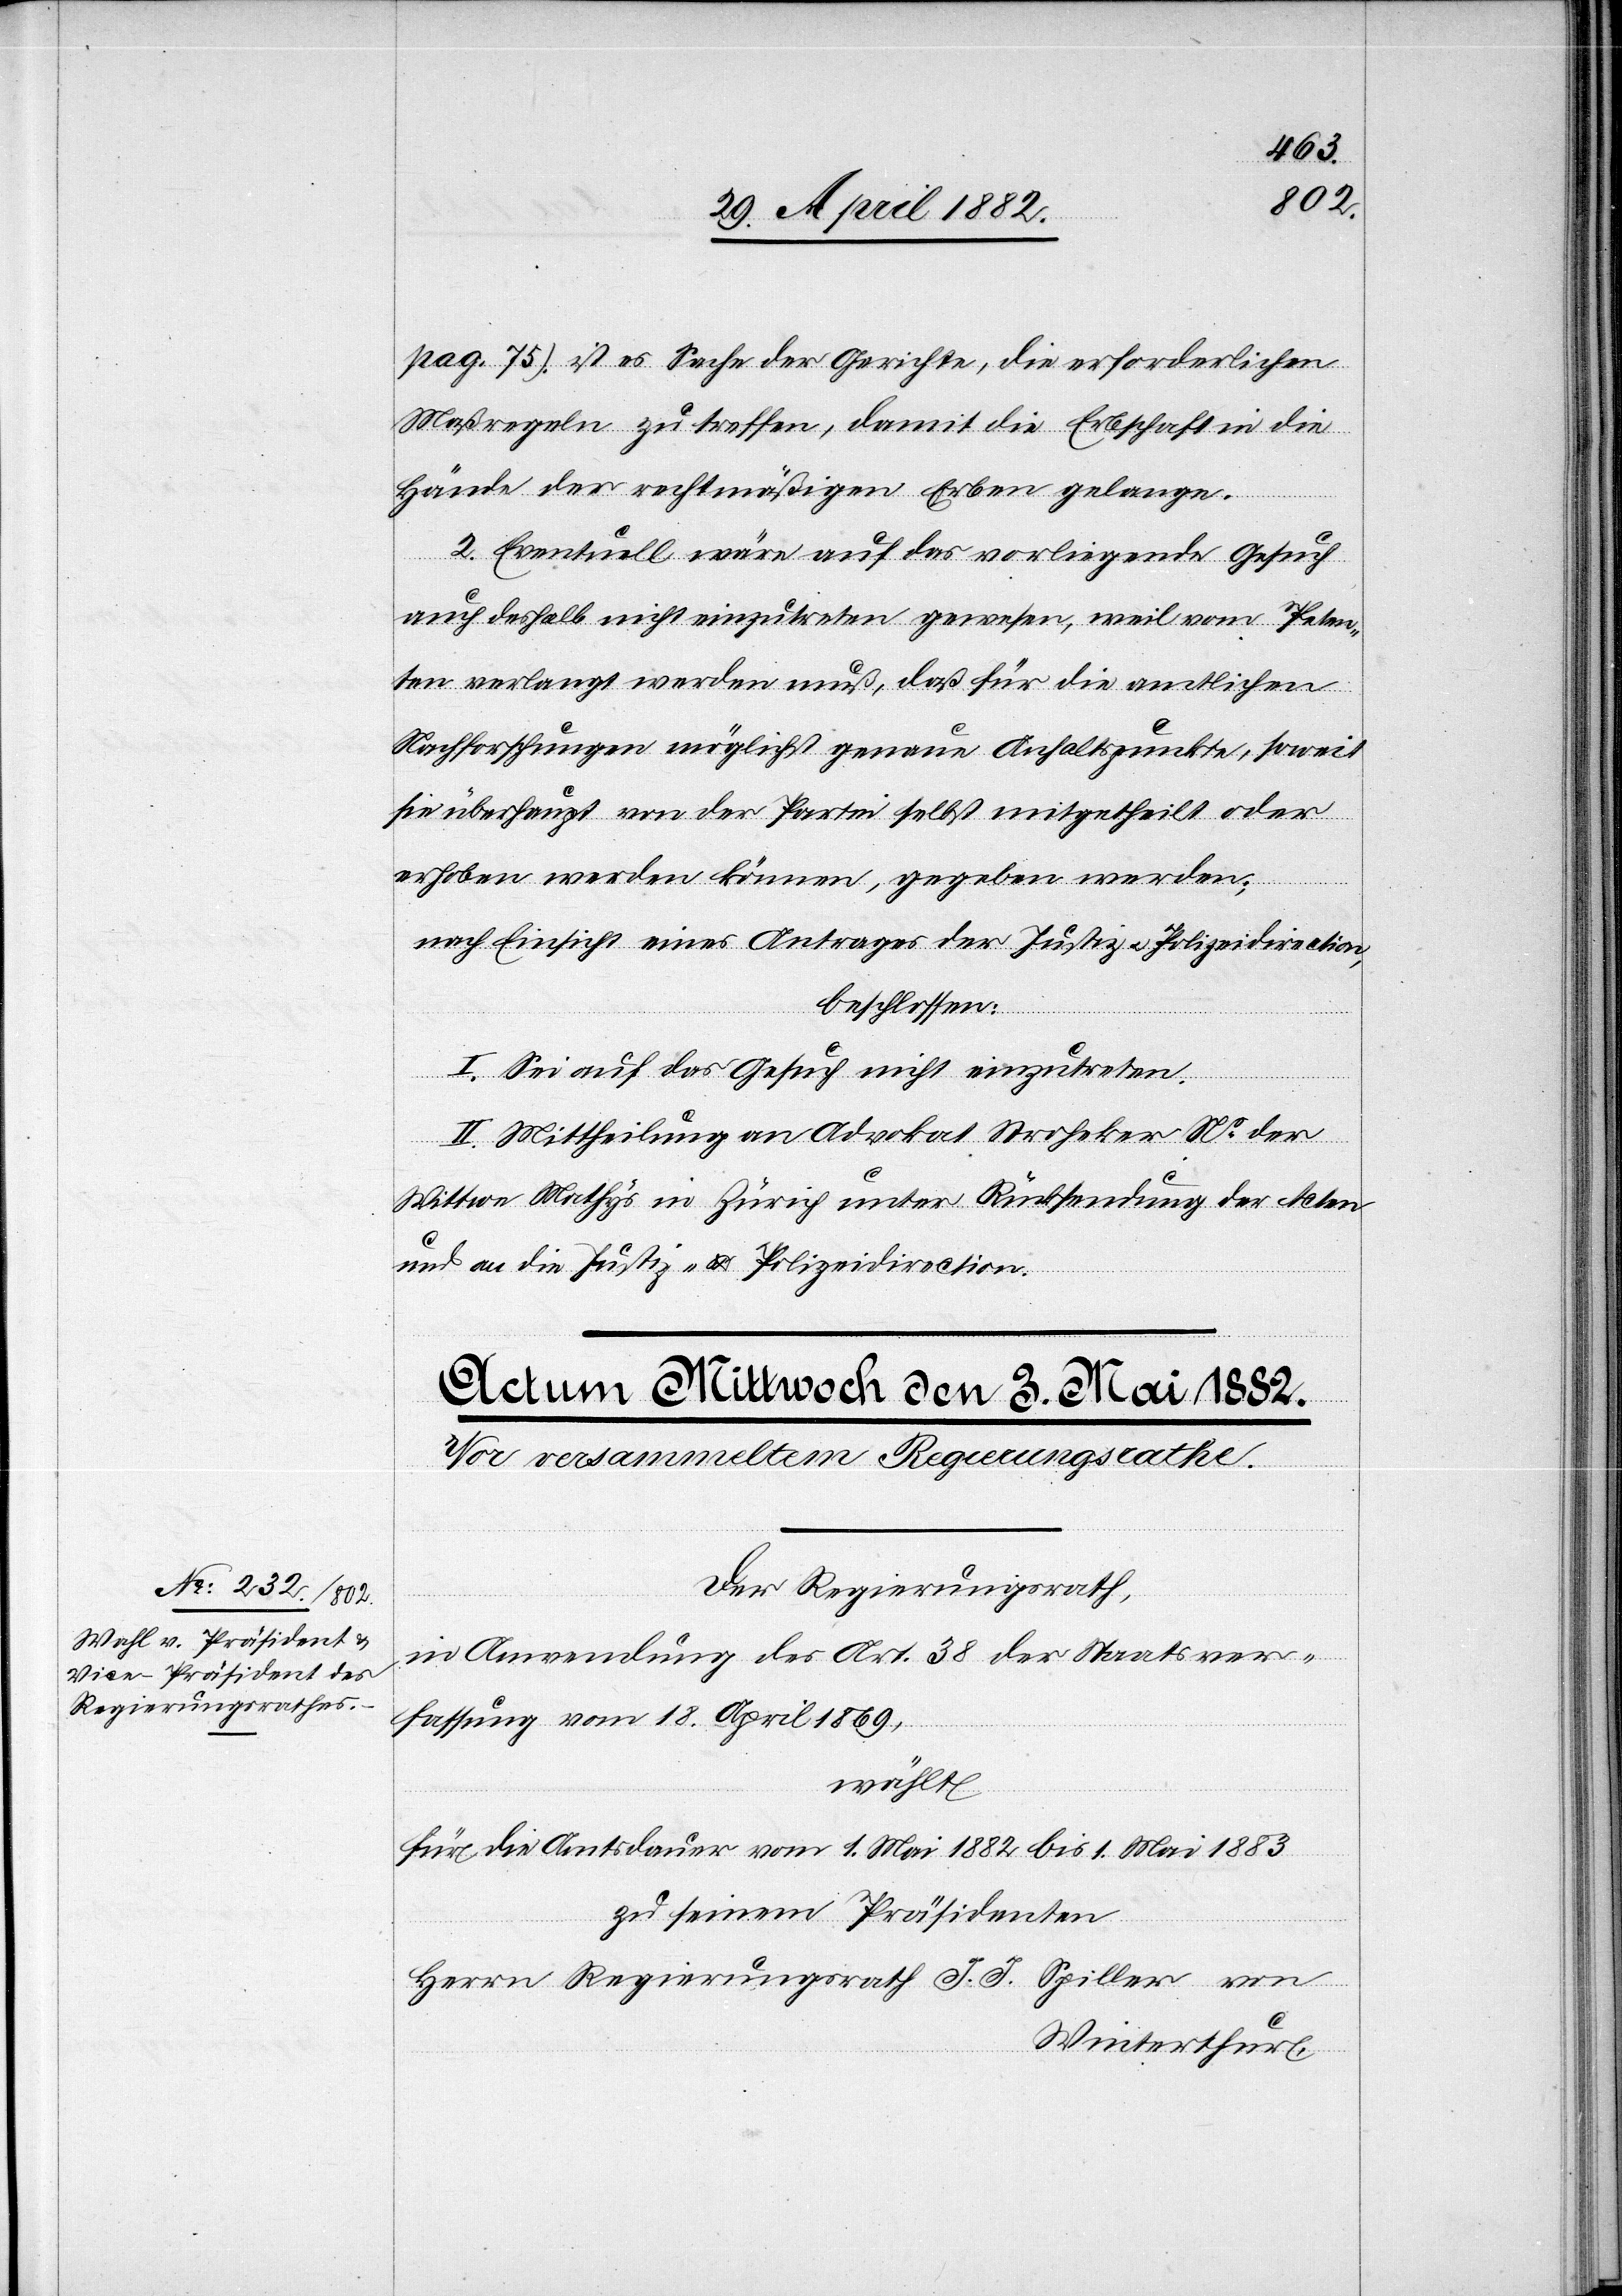
pag. 745) ist es Sache der Gerichte, die erforderlichen
Maßregeln zu treffen, damit die Erbschaft in die
Hände der rechtmäßigen Erben gelange.
2. Eventuell wäre auf das vorliegende Gesuch
auch deshalb nicht einzutreten gewesen, weil vom Peten¬
ten verlangt werden muß, daß für die amtlichen
Nachforschungen möglichst genaue Anhaltspunkte, soweit
sie überhaupt von der Partei selbst mitgetheilt oder
erhoben werden können, gegeben werden;
nach Einsicht eines Antrages der Justiz- u. Polizeidirection,
beschlossen:
I. Sei auf das Gesuch nicht einzutreten.
II. Mittheilung an Advokat Stroheker [sic!] Ns der
Wittwe Mathys in Zürich unter Rücksendung der Acten
und an die Justiz- & Polizeidirection.
Der Regierungsrath,
in Anwendung des Art. 38 der Staatsver¬
fassung vom 18. April 1869,
wählt
für die Amtsdauer vom 1. Mai 1882 bis 1. Mai 1883
zu seinem Präsidenten
Herrn Regierungsrath J. J. Spiller von
Winterthur